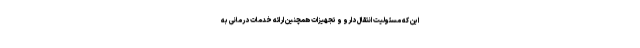
این که مسئولیت انتقال دارو و تجهیزات همچنین ارائه خدمات درمانی به